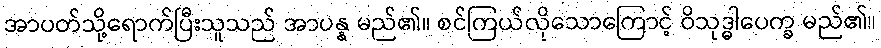
အာပတ်သို့ရောက်ပြီးသူသည် အာပန္န မည်၏။ စင်ကြယ်လိုသောကြောင့် ဝိသုဒ္ဓါပေက္ခ မည်၏။